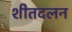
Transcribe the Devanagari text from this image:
शीतदलन